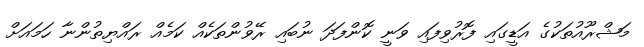
މަޝްރޫއުތަކުގެ އަޑީގައި ފޮރުވިފައި ވަނީ ކޮންފަދަ ނުބައި ރޭވުންތަކެއް ކަމެއް ރައްޔިތުންނާ ހަމައަށް